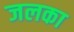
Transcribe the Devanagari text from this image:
जलका